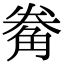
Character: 觠